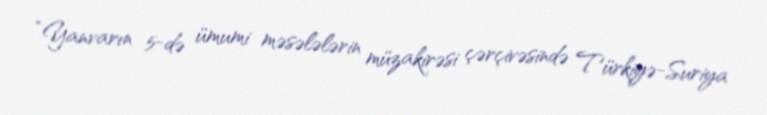
“Yanvarın 5-də ümumi məsələlərin müzakirəsi çərçivəsində Türkiyə-Suriya